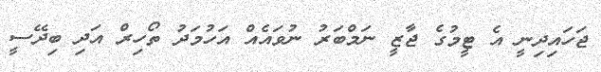
ޖަހައިދިނީ އެ ޓީމުގެ ޖާޒީ ނަމްބަރު ނުވައެއް އަހުމަދު ތޯހިރް އަދި ބިދޭސީ